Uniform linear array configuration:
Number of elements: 4
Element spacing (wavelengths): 0.5
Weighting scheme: hann
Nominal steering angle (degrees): -60
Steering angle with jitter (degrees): -59.013
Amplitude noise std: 0.05
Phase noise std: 0.05

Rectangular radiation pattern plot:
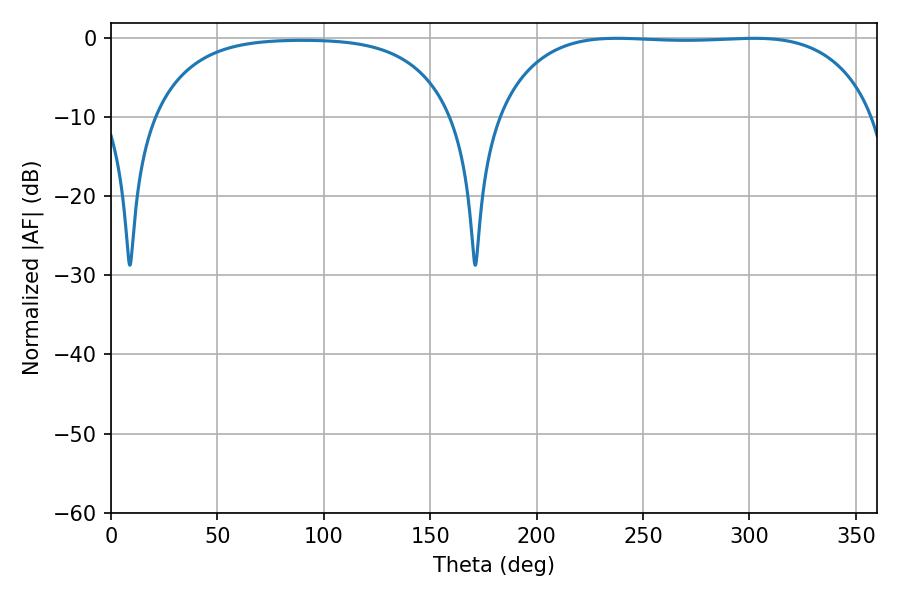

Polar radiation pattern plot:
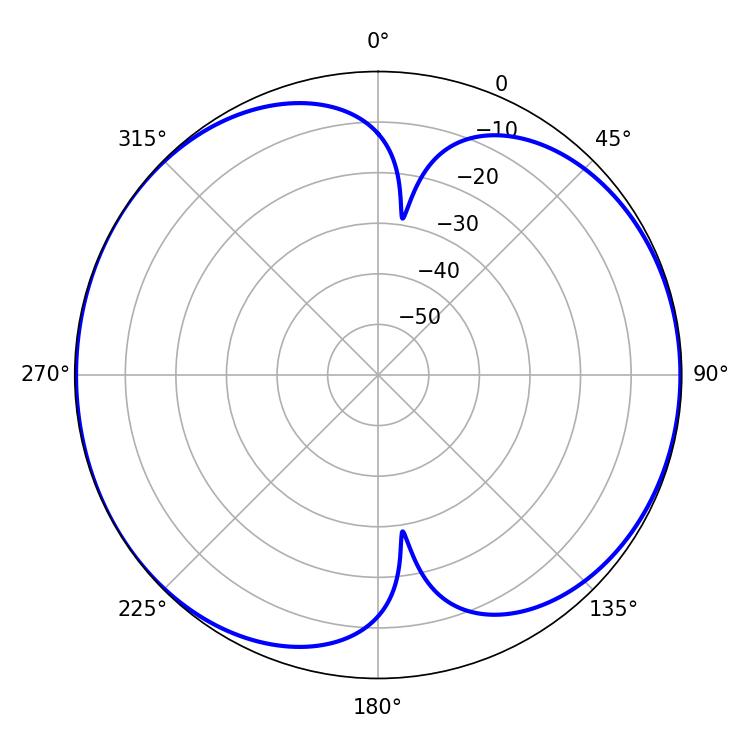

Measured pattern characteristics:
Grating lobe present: FALSE
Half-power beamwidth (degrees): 139.32
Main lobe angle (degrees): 237.78